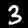
Digit: 3